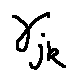
\gamma _ { j k }